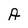
Character: A